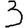
Digit: 3